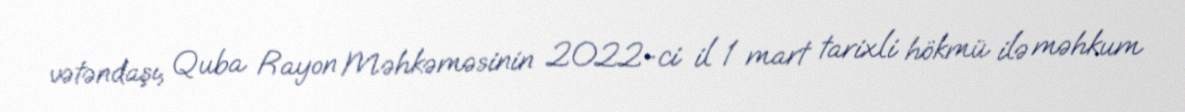
vətəndaşı, Quba Rayon Məhkəməsinin 2022-ci il 1 mart tarixli hökmü ilə məhkum